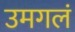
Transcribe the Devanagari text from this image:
उमगलं